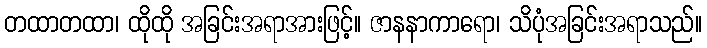
တထာတထာ၊ ထိုထို အခြင်းအရာအားဖြင့်။ ဇာနနာကာရော၊ သိပုံအခြင်းအရာသည်။